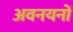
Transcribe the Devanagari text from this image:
अवनयनों